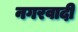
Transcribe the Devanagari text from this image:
नगरवादी